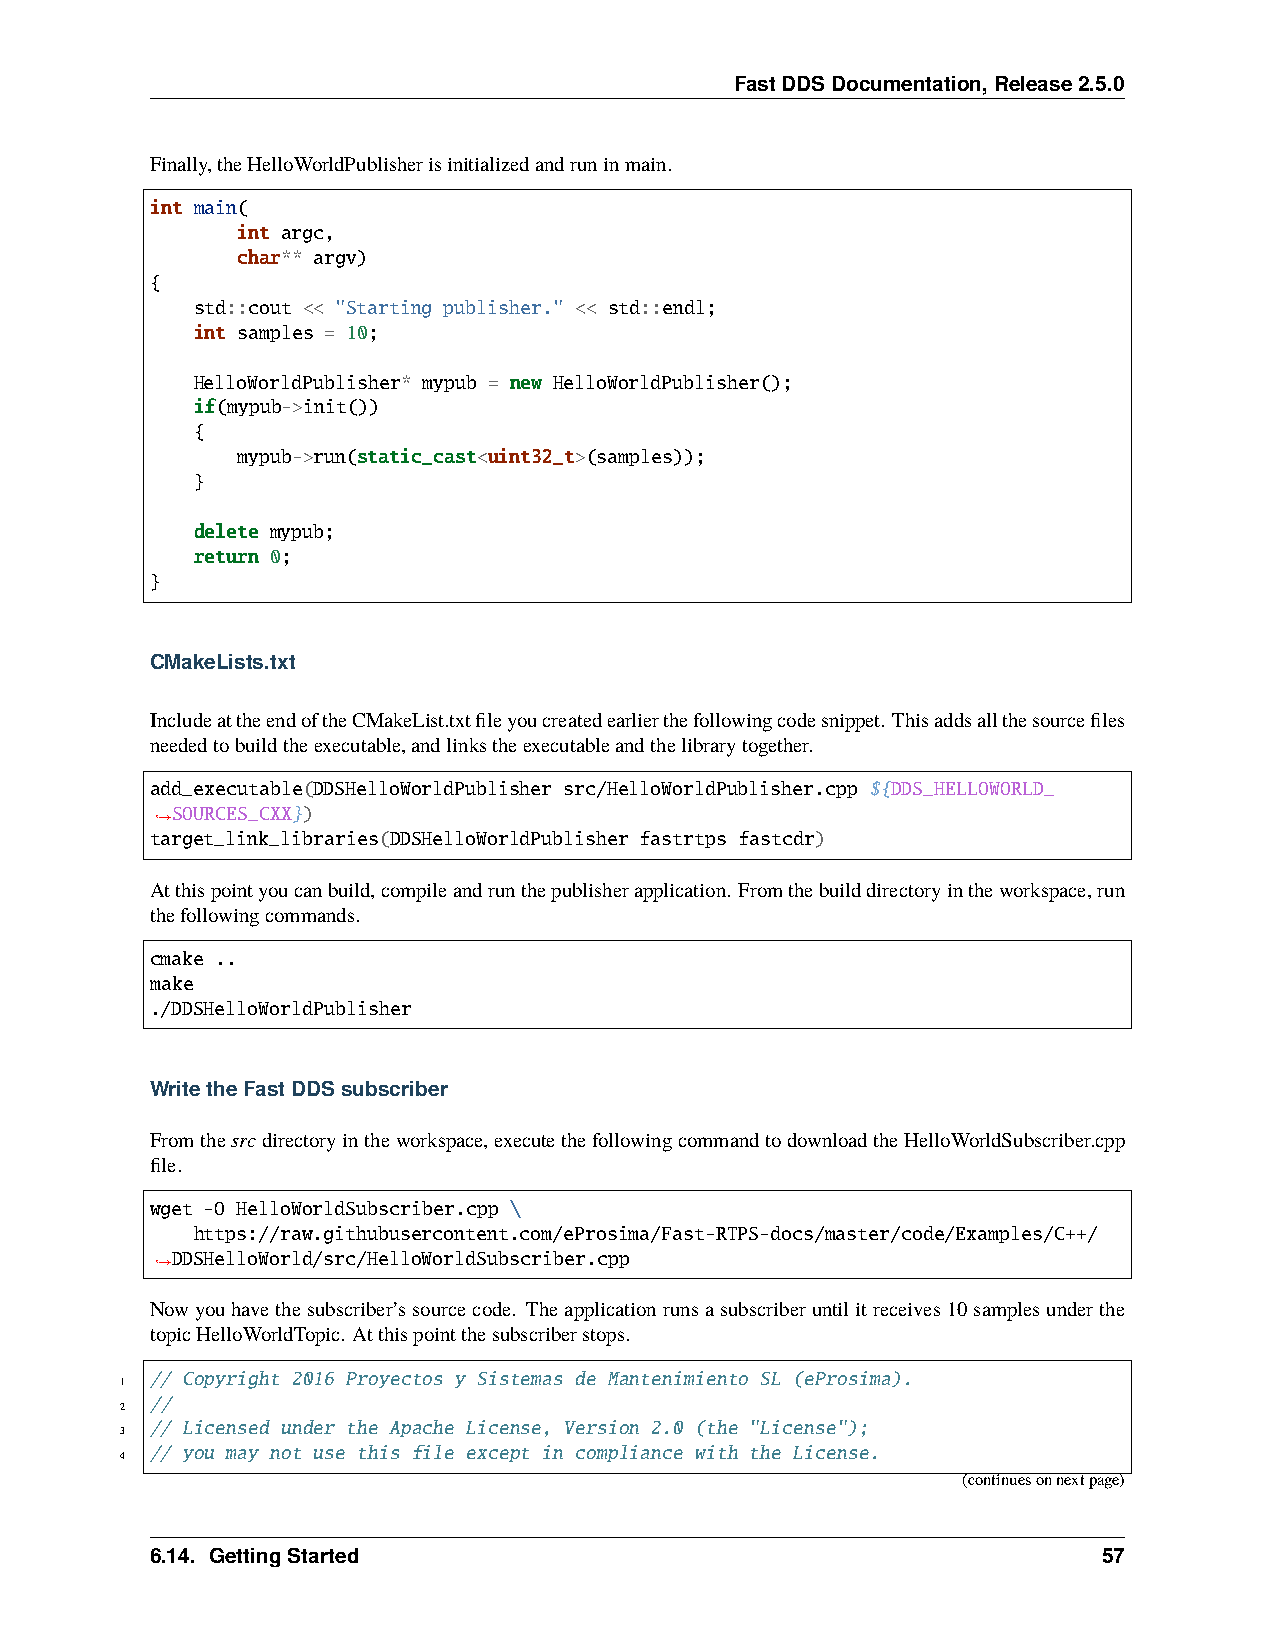
FastDDSDocumentation,Release2.5.0
 Finally,theHelloWorldPublisherisinitializedandruninmain.
 int main(
 int argc,
 char** argv)
 {
 std::cout << "Starting publisher." << std::endl;
 int samples = 10;
 HelloWorldPublisher* mypub = new HelloWorldPublisher();
 if(mypub->init())
 {
 mypub->run(static_cast<uint32_t>(samples));
 }
 delete mypub;
 return 0;
 }
 CMakeLists.txt
 IncludeattheendoftheCMakeList.txtfileyoucreatedearlierthefollowingcodesnippet. Thisaddsallthesourcefiles
 neededtobuildtheexecutable,andlinkstheexecutableandthelibrarytogether.
 add_executable(DDSHelloWorldPublisher src/HelloWorldPublisher.cpp ${DDS_HELLOWORLD_
 SOURCES_CXX})
 ˓→
 target_link_libraries(DDSHelloWorldPublisher fastrtps fastcdr)
 Atthispointyoucanbuild,compileandrunthepublisherapplication. Fromthebuilddirectoryintheworkspace,run
 thefollowingcommands.
 cmake ..
 make
 ./DDSHelloWorldPublisher
 WritetheFastDDSsubscriber
 Fromthesrcdirectoryintheworkspace,executethefollowingcommandtodownloadtheHelloWorldSubscriber.cpp
 file.
 wget -O HelloWorldSubscriber.cpp \
 https://raw.githubusercontent.com/eProsima/Fast-RTPS-docs/master/code/Examples/C++/
 DDSHelloWorld/src/HelloWorldSubscriber.cpp
 ˓→
 Nowyouhavethesubscriber’ssourcecode. Theapplicationrunsasubscriberuntilitreceives10samplesunderthe
 topicHelloWorldTopic. Atthispointthesubscriberstops.
 // Copyright 2016 Proyectos y Sistemas de Mantenimiento SL (eProsima).
 1
 //
 2
 // Licensed under the Apache License, Version 2.0 (the "License");
 3
 // you may not use this file except in compliance with the License.
 4
 (continuesonnextpage)
 6.14. GettingStarted                                           57